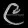
Digit: ၉